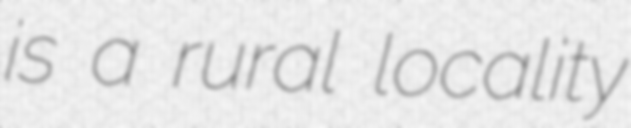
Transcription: is a rural locality